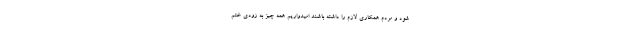
شود و مردم همکاری لازم را داشته باشند امیدواریم همه چیز به زودی ختم